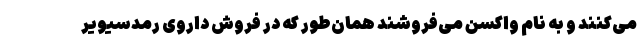
می‌کنند و به نام واکسن می‌فروشند همان‌طور که در فروش داروی رمدسیویر